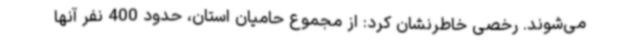
می‌شوند. رخصی خاطرنشان کرد: از مجموع حامیان استان، حدود 400 نفر آنها